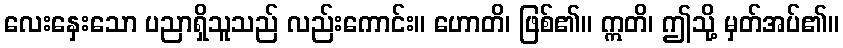
လေးနှေးသော ပညာရှိသူသည် လည်းကောင်း။ ဟောတိ၊ ဖြစ်၏။ ဣတိ၊ ဤသို့ မှတ်အပ်၏။